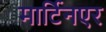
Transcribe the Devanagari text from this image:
मार्टिनएर